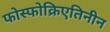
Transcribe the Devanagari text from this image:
फोस्फोक्रिएतिनीन